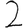
Digit: 2